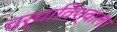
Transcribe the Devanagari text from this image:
चर्चाविश्वाला